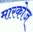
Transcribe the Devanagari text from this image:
मारकोज